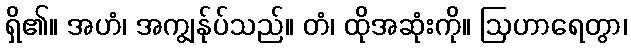
ရှိ၏။ အဟံ၊ အကျွန်ုပ်သည်။ တံ၊ ထိုအဆုံးကို။ ဩဟာရေတွာ၊